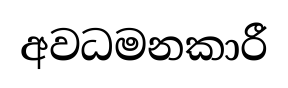
අවධමනකාරී